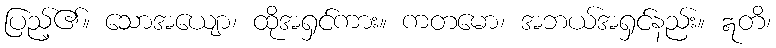
ပြည့်၏။ သောအယျော၊ ထိုအရှင်ကား။ ကတမော၊ အဘယ်အရှင်နည်း။ ဣတိ၊